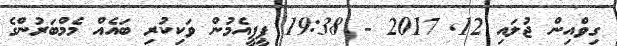
ގިވްއިން ޖުލައި 12